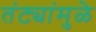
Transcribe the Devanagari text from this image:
तंट्यांमुळे